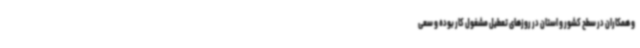
و همکاران در سطح کشور و استان در روزهای تعطیل مشغول کار بوده و سعی